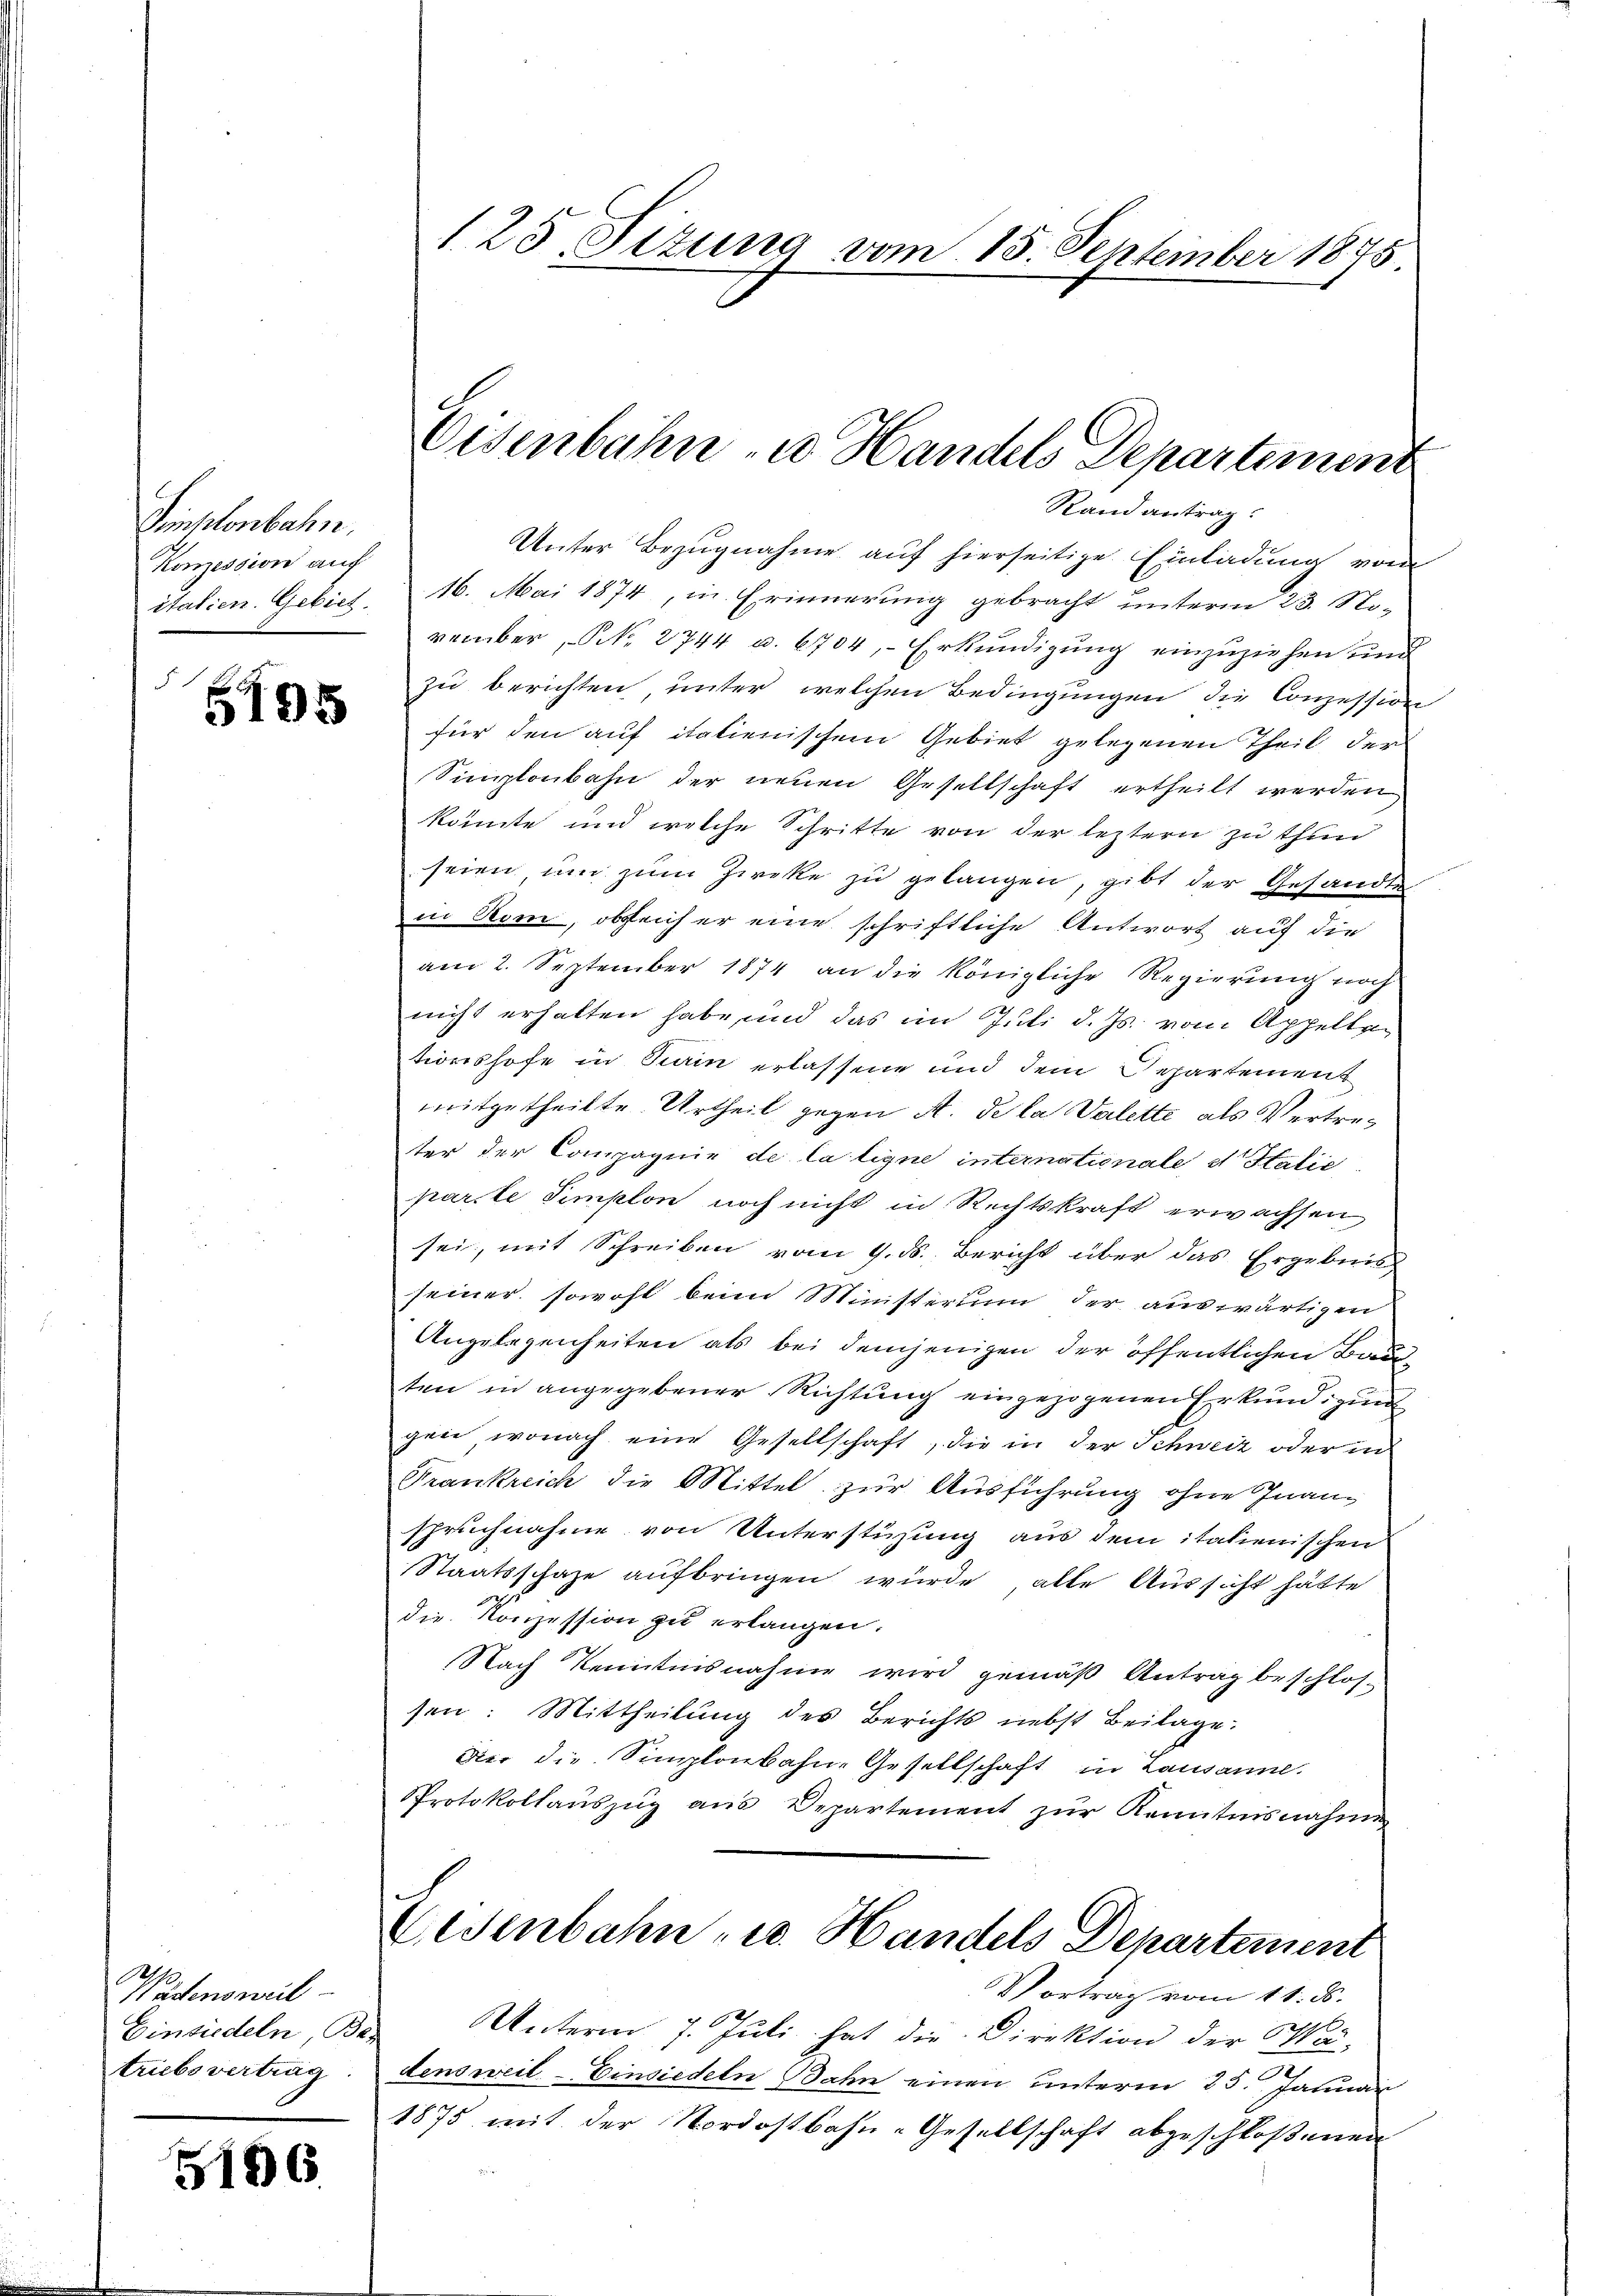
Sinklenbahn.
Konzession auf
itatien. Gebiet.
d

5195

Wadensweil
Einsiedeln, Be-
triebsvertrag.

5196

125, Sizung vom 15. September 1875.

Oesenbahn u. Handels Departement

Randantrag:
Unter Bezugnahme auf hierseitige Einladung vom
16. Mai 1874, m. Erinnerung gebracht unterm 23. November, N. 2744 u. 6704, Erkundigung einzuziehen und
zu berichten unter welchen Bedingungen die Conzession
für den auf italienischen Gebiet gelegenen Theil der
Simplonbahn der neuen Gesellschaft ertheilt werden
könnte und welche Schritte von der leztern zu thun
seien um zum Zieke zu gelangen, gibt der Gesandte
in Arm, obgleicher eine schriftliche Antwort auf die
am 2. September 1874 an die königliche Regierung noch
nicht erhalten habe, und das im Juli d. Js. vom Appellan
tionshofe in Turin erlassene und dem Departement
mitgetheilte Urtheil gegen A. de la Valette als Vertreter der Compagnie de la ligne internationale et Stalić
parte Simplon noch nicht in Rechtskraft erwachsen
sei, mit Schreiben vom 9. ds. Bericht über das Ergebnis
seiner sowohl beim Ministerium der auswärtigen
Angelegenheiten als bei demjenigen der öffentlichen Bauten in angegebener Richtung eingezogenen Erkundigung
gen, wonach eine Gesellschaft, die in der Schweiz oder in
Frankreich die Mittel zur Ausführung ohne Inan-
spruchnahme von Unterstützung aus dem italienischen
Staatsschafe aufbringen würde, alle Aussicht hätte
die Konzession zu erlangen.
Nach Kenntnisnahme wird gemäß Antrag beschlos-
sen: Mittheilung des Berichts nebst Beilage:
Dir die Simplonbahn-Gesellschaft in Lausanne.
Protokollaŭszŭg ans Departement zŭr Kenntnisnahme
Eisenbahn u. Handels Departement
Vortrag vom 11. ds.
Unterm 7. Juli hat die Direktion der Ma-
2
densweil–Einsiedeln Bahn einen unterm 25. Januar
1875 mit der Nordostbahn-Gesellschaft abgeschloßenen